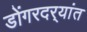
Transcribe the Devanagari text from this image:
डोंगरदर्‍यांत